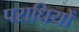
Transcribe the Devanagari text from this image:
पराधियों